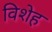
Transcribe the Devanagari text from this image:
विशेह